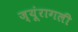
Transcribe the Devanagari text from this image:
ज्यूंरागली